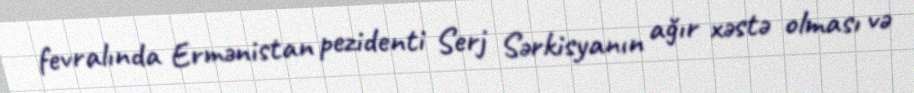
fevralında Ermənistan pezidenti Serj Sərkisyanın ağır xəstə olması və